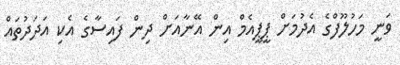
ވަނީ މަހުލޫފްގެ އެދުމަށް ޕީޕީއެމް އިން އޭނާއަށް ދިން ފައިސާގެ އެކި އަދަދުތައް